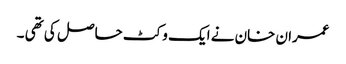
عمران خان نے ایک وکٹ حاصل کی تھی ۔